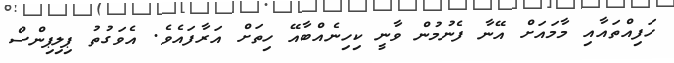
ހަފިއްތައާއި މާމައަށް އޭނާ ފެނުމުން ވާނީ ކިހިނެއްބާއޭ ހިތަށް އަރާފައެވެ. އެވަގުތު ޕިލިޕިންސް